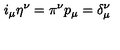
i _ { \mu } \eta ^ { \nu } = \pi ^ { \nu } p _ { \mu } = \delta _ { \mu } ^ { \nu }